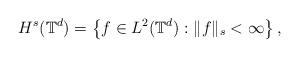
LaTeX: \begin{align*}H^{s}(\mathbb{T}^{d})=\left\{f\in L^{2}(\mathbb{T}^{d}): \|f\|_{s}<\infty\right\},\end{align*}